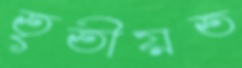
তৃতীয়ত